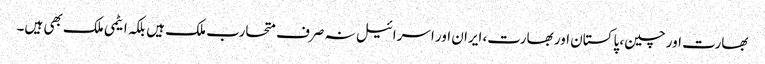
بھارت اور چین، پاکستان اور بھارت، ایران اور اسرائیل نہ صرف متحارب ملک ہیں بلکہ ایٹمی ملک بھی ہیں۔